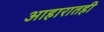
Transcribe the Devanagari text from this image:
आहारातही